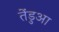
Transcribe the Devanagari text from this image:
तेंडुआ